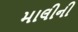
માલીની